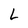
Character: L